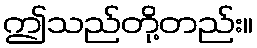
ဤသည်တို့တည်း။